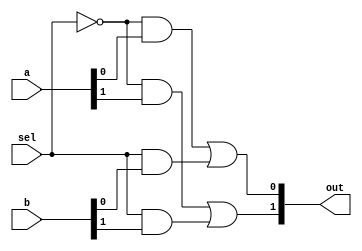
`timescale 1ns / 1ps
//////////////////////////////////////////////////////////////////////////////////
// Company: 
// Engineer: 
// 
// Design Name: 
// Module Name: mux
// Project Name: 
// Target Devices: 
// Tool Versions: 
// Description: 
// 
// Dependencies: 
// 
// Revision:
// Revision 0.01 - File Created
// Additional Comments:
// 
//////////////////////////////////////////////////////////////////////////////////

module mux(
input [1:0]a,
input [1:0]b,
input sel,
output [1:0]out
);

wire [1:0]c0;
wire [1:0]c1;

and(c0[0],~sel,a[0]);
and(c0[1],~sel,a[1]);
and(c1[0],sel,b[0]);
and(c1[1],sel,b[1]);

or(out[0],c0[0],c1[0]); 
or(out[1],c0[1],c1[1]); 

endmodule